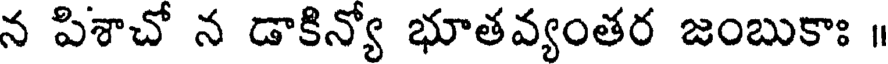
న పిశాచో న డాకిన్యో భూతవ్యంతర జంబుకాః ॥